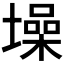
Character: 𪤢